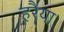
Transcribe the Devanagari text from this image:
हरैया